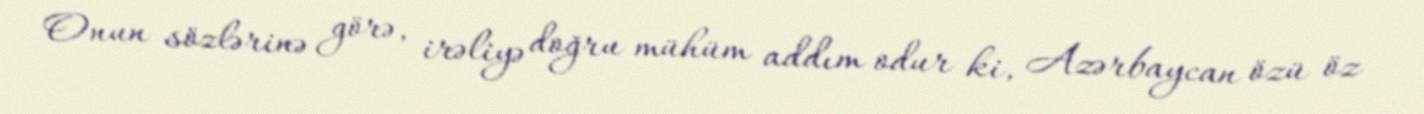
Onun sözlərinə görə, irəliyə doğru mühüm addım odur ki, Azərbaycan özü öz